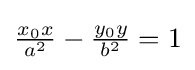
{\tfrac {x_{0}x}{a^{2}}}-{\tfrac {y_{0}y}{b^{2}}}=1